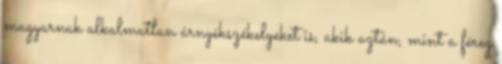
magyarnak alkalmatlan árnyékszékelyeket is, akik aztán, mint a féreg